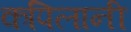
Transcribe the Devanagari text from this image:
कपिलानी